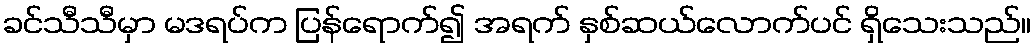
ခင်သီသီမှာ မဒရပ်က ပြန်ရောက်၍ အရက် နှစ်ဆယ်လောက်ပင် ရှိသေးသည်။